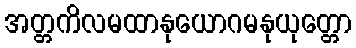
အတ္တကိလမထာနုယောဂမနုယုတ္တော